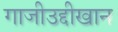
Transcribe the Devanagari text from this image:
गाजीउद्दीखान